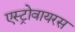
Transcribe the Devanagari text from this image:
एस्ट्रोवायरस